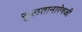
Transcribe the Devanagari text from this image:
सुलतानाऐवजी